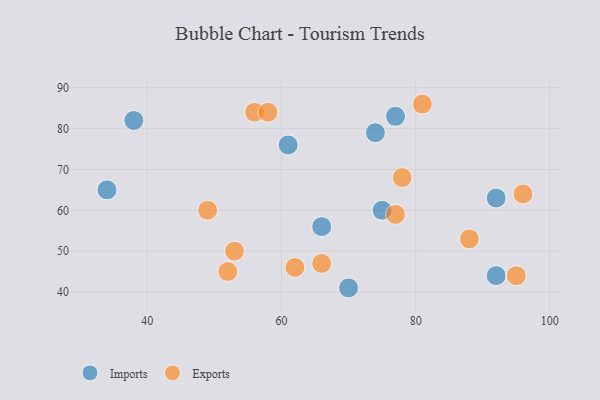
{"axis": {"x": "GDP", "y": "Life Expectancy"}, "legend": ["Exports", "Imports"], "data": [{"x": "70", "y": 41, "type": "Imports"}, {"x": "74", "y": 79, "type": "Imports"}, {"x": "92", "y": 44, "type": "Imports"}, {"x": "61", "y": 76, "type": "Imports"}, {"x": "75", "y": 60, "type": "Imports"}, {"x": "34", "y": 65, "type": "Imports"}, {"x": "38", "y": 82, "type": "Imports"}, {"x": "66", "y": 56, "type": "Imports"}, {"x": "77", "y": 83, "type": "Imports"}, {"x": "92", "y": 63, "type": "Imports"}, {"x": "81", "y": 86, "type": "Exports"}, {"x": "52", "y": 45, "type": "Exports"}, {"x": "77", "y": 59, "type": "Exports"}, {"x": "56", "y": 84, "type": "Exports"}, {"x": "66", "y": 47, "type": "Exports"}, {"x": "62", "y": 46, "type": "Exports"}, {"x": "88", "y": 53, "type": "Exports"}, {"x": "96", "y": 64, "type": "Exports"}, {"x": "78", "y": 68, "type": "Exports"}, {"x": "95", "y": 44, "type": "Exports"}, {"x": "58", "y": 84, "type": "Exports"}, {"x": "53", "y": 50, "type": "Exports"}, {"x": "49", "y": 60, "type": "Exports"}]}